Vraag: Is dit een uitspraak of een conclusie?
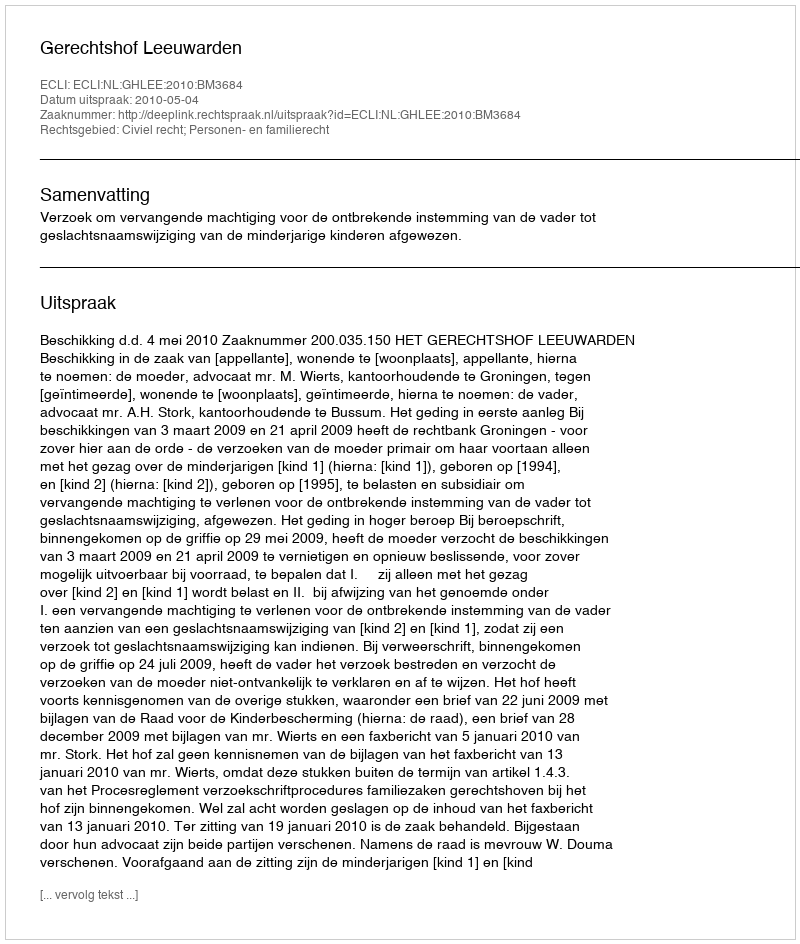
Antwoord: Uitspraak